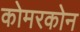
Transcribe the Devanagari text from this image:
कोमरकोन